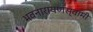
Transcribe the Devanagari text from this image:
भवनारायणस्‍वामी